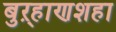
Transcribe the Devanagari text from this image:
बुऱ्हाणशहा